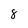
Character: 8